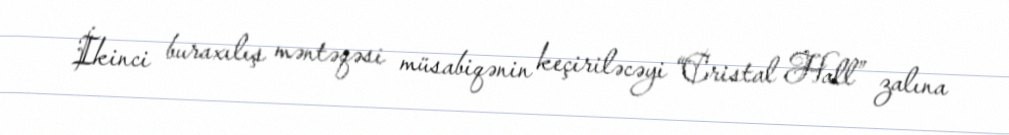
İkinci buraxılış məntəqəsi müsabiqənin keçiriləcəyi “Cristal Hall” zalına